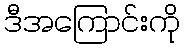
ဒီအကြောင်းကို